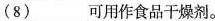
(8)___可用作食品干燥剂。